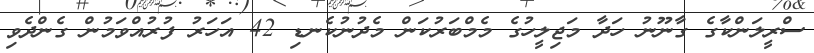
ސްރީލަންކާގެ ގާނޫނު ހަދާ މަޖިލީހުގެ މެމްބަރުކަން މެދުނުކެނޑި 42 އަހަރު ފުރުއްވަމުން ގެންދެވި